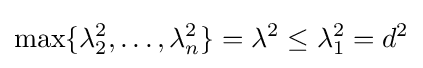
\max\{\lambda _{2}^{2},\dots ,\lambda _{n}^{2}\}=\lambda ^{2}\leq \lambda _{1}^{2}=d^{2}